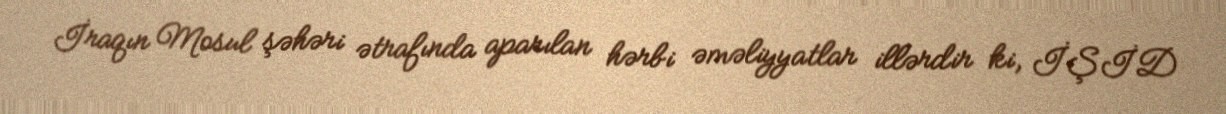
İraqın Mosul şəhəri ətrafında aparılan hərbi əməliyyatlar illərdir ki, İŞİD